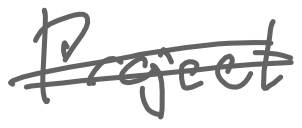
Text: Project
Cross-out: double-line
Writing tool: digital_gray